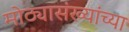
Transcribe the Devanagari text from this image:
मोठ्यासंख्यांच्या